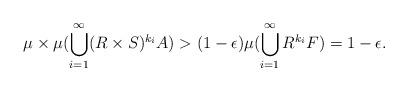
LaTeX: \begin{align*}\mu \times \mu (\bigcup_{i=1}^{\infty} (R\times S)^{k_i} A ) > (1-\epsilon) \mu (\bigcup_{i=1}^{\infty} R^{k_i} F ) = 1-\epsilon . \end{align*}